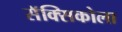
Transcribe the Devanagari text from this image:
सॅक्सिकोला